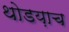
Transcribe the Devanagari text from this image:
थोडय़ाच